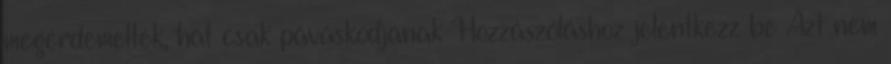
megérdemelték, hát csak páváskodjanak Hozzászóláshoz jelentkezz be Azt nem